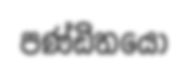
පණ්ඩිතයො